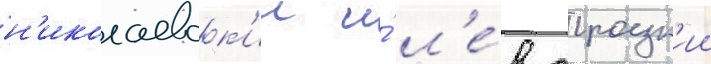
н'иколаевск'ии и́ л'е́в троцк'ии